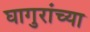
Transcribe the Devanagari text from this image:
घागुरांच्या